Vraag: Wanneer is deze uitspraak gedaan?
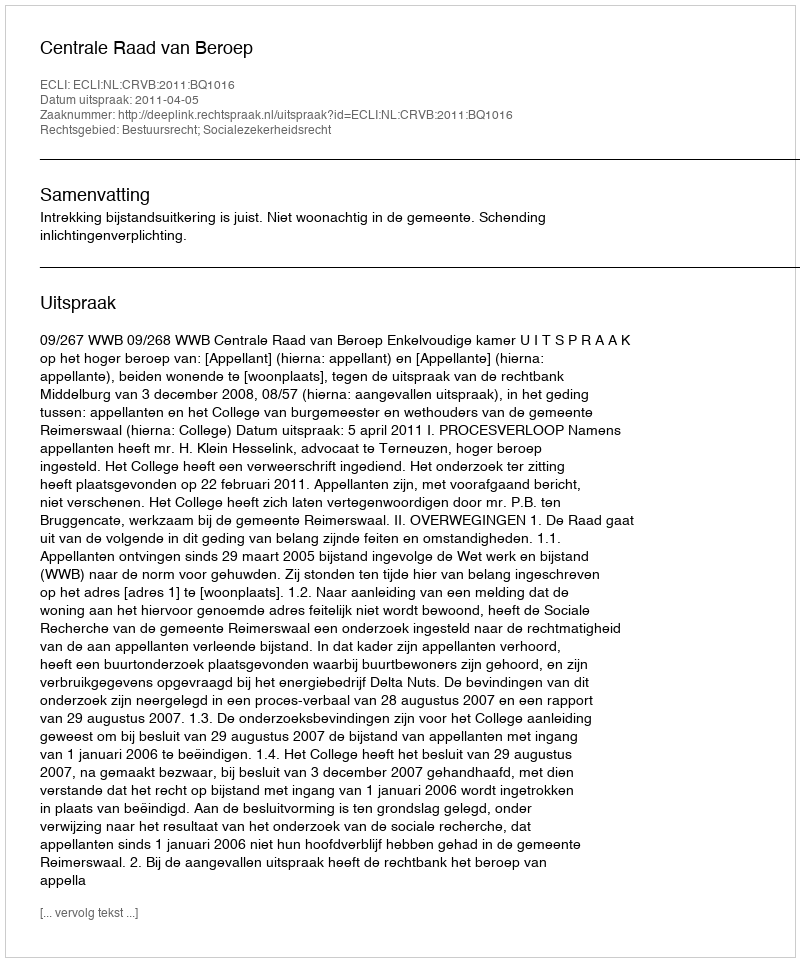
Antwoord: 2011-04-05